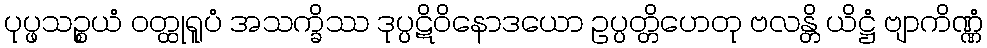
ပုပ္ဖသဉ္စယံ ဝတ္ထုရူပံ အသက္ခိဿ ဒုပ္ပဋိဝိနောဒယော ဥပ္ပတ္တိဟေတု ဗလန္တိ ယိဋ္ဌံ ဗျာကိဏ္ဏံ